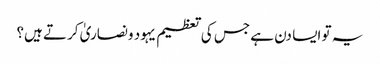
یہ تو ایسا دن ہے جس کی تعظیم یہود ونصاریٰ کرتے ہیں؟